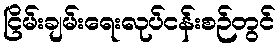
ငြိမ်းချမ်းရေးလုပ်ငန်းစဉ်တွင်